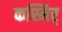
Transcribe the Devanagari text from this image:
कश्मिर्